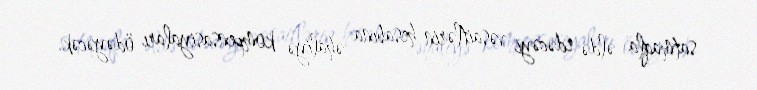
satmaqla əldə edəcəyi vəsaitlərin hesabına əhaliyə kompensasiyaları ödəyəcək.